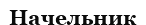
Начельник